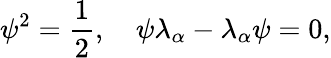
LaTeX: \psi^{2}={\frac{1}{2}},\quad\psi\lambda_{\alpha}-\lambda_{\alpha}\psi=0,